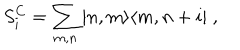
LaTeX: S _ { i } ^ { C } = \sum _ { m , n } ^ { } | n , m \rangle \langle m , n + i | \; ,